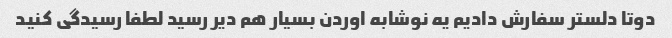
دوتا دلستر سفارش دادیم یه نوشابه اوردن بسیار هم دیر رسید لطفا رسیدگی کنید